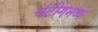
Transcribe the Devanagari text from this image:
चॅटींगमध्ये